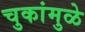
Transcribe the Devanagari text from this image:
चुकांमुळे